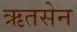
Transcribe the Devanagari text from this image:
ऋतसेन